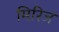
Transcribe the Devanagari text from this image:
मिरिज